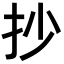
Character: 抄